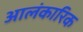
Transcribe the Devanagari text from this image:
आलंकारिक